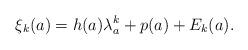
LaTeX: \begin{align*} \xi_k (a) = h(a)\lambda_a^k + p(a) + E_k (a). \end{align*}